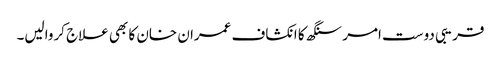
قریبی دوست امر سنگھ کا انکشاف عمران خان کا بھی علاج کروالیں۔